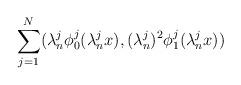
LaTeX: \begin{align*}\sum_{j = 1}^{N} (\lambda_{n}^{j} \phi_{0}^{j}(\lambda_{n}^{j} x), (\lambda_{n}^{j})^{2} \phi_{1}^{j}(\lambda_{n}^{j} x))\end{align*}